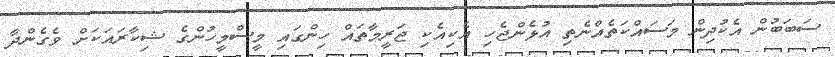
ސަބަބުން އެކުދިން މަސައްކަތެއްނެތި އުޅެންޖެހި އެކިއެކި ޖަރީމާތައް ހިންގައި މީސްމީހުންގެ ޝިކާރައަކަށް ވެގެންދާ